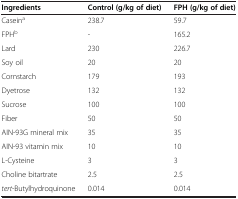
| Ingredients | Control (g/kg of diet) | FPH (g/kg of diet) |
 | --- | --- | --- |
 | Caseina | 238.7 | 59.7 |
 | FPHb | - | 165.2 |
 | Lard | 230 | 226.7 |
 | Soy oil | 20 | 20 |
 | Cornstarch | 179 | 193 |
 | Dyetrose | 132 | 132 |
 | Sucrose | 100 | 100 |
 | Fiber | 50 | 50 |
 | AIN-93G mineral mix | 35 | 35 |
 | AIN-93 vitamin mix | 10 | 10 |
 | L-Cysteine | 3 | 3 |
 | Choline bitartrate | 2.5 | 2.5 |
 | tert-Butylhydroquinone | 0.014 | 0.014 |